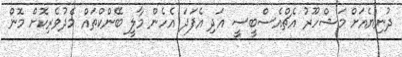
ދުނިޔެއަށް މަޝްހޫރު އެޗްއެސްބީސީ އަދި އެފަދަ އެހެން މާލީ ބޭންކްތައް މެދުވެރިކޮށް މޮން